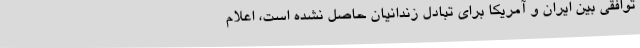
توافقی بین ایران و آمریکا برای تبادل زندانیان حاصل نشده است، اعلام